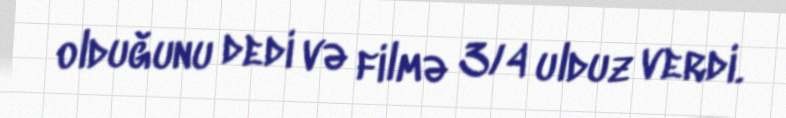
olduğunu dedi və filmə 3/4 ulduz verdi.